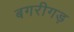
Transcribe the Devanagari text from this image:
बगरीगड़